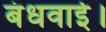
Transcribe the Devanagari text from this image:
बंधवाई।